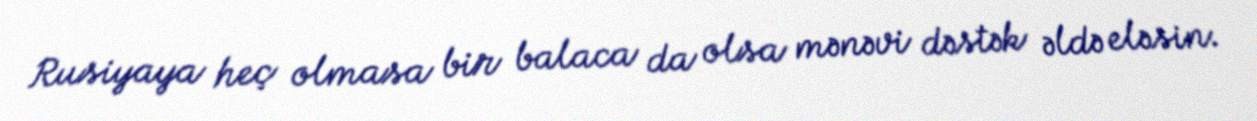
Rusiyaya heç olmasa bir balaca da olsa mənəvi dəstək əldə eləsin.